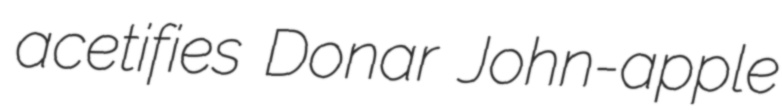
acetifies Donar John-apple